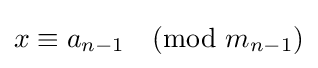
x\equiv a_{n-1}{\pmod {m_{n-1}}}